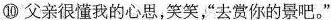
⑩父亲很懂我的心思，笑笑，”去赏你的景吧。”